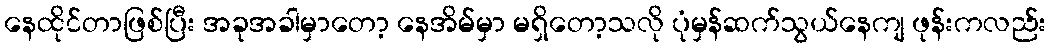
နေထိုင်တာဖြစ်ပြီး အခုအခါမှာတော့ နေအိမ်မှာ မရှိတော့သလို ပုံမှန်ဆက်သွယ်နေကျ ဖုန်းကလည်း